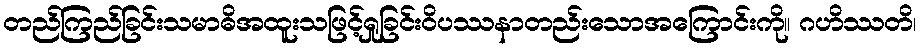
တည်ကြည်ခြင်းသမာဓိအထူးသဖြင့်ရှုခြင်းဝိပဿနာတည်းသောအကြောင်းကို။ ဂဟိဿတိ၊